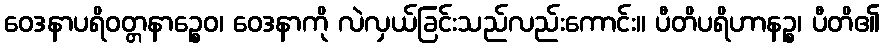
ဝေဒနာပရိဝတ္တနာဉ္စေဝ၊ ဝေဒနာကို လဲလှယ်ခြင်းသည်လည်းကောင်း။ ပီတိပရိဟာနဉ္စ၊ ပီတိ၏